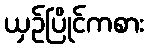
ယှဉ်ပြိုင်ကစား